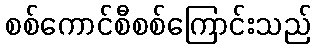
စစ်ကောင်စီစစ်ကြောင်းသည်